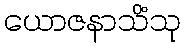
ယောဇနာသိံသု